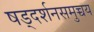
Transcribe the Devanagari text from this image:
षड्दर्शनसमुच्चय